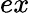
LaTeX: ex